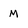
Character: M